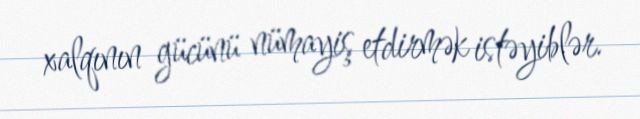
xalqının gücünü nümayiş etdirmək istəyiblər.